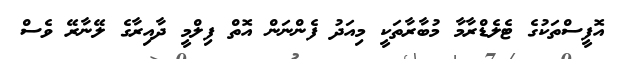
އޮފީސްތަކުގެ ޓެލެޑްރާމާ މުބާރާތަކީ މިއަދު ފެންނަން އޮތް ފިލްމީ ދާއިރާގެ ލޭނާރޭ ވެސް